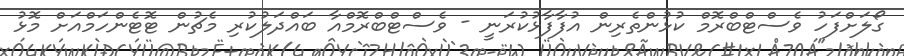
ގޯލަށްފަހު ވެސްޓްބްރޮމް ކުޅުންތެރިން އުފާފާޅުކުރަނީ - ވެސްޓްބްރޮމްއާ ބަައްދަލުކުރި މެޗުން ޓޮޓެންހަމްއަށް މޮޅު